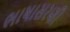
ભાષાસરણી